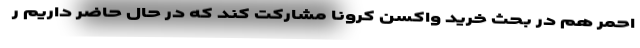
احمر هم در بحث خرید واکسن کرونا مشارکت کند که در حال حاضر داریم ر